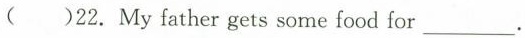
( )22.My father gets some food for